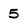
Character: 5